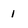
Character: 1